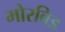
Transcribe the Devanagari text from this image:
मोरबिड